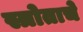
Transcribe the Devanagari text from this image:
स्त्रोताचे